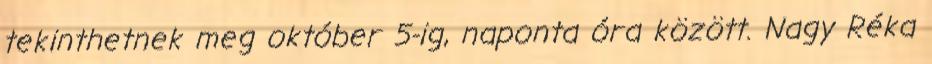
tekinthetnek meg október 5-ig, naponta óra között. Nagy Réka